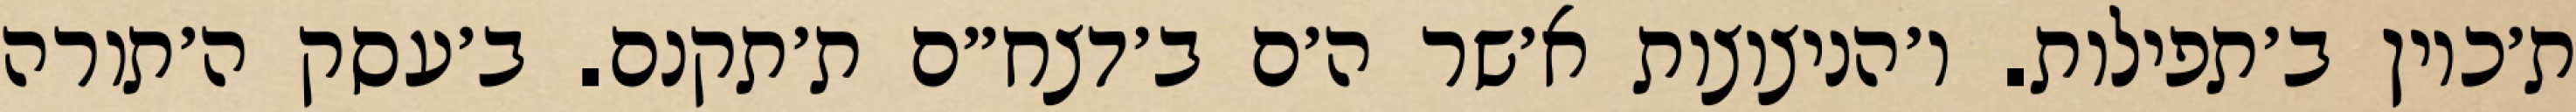
ת׳כוין ב׳תפילות. ו׳הניצוצות א׳שר ה׳ם ב׳דצח״ם ת׳תקנם. ב׳עסק ה׳תורה